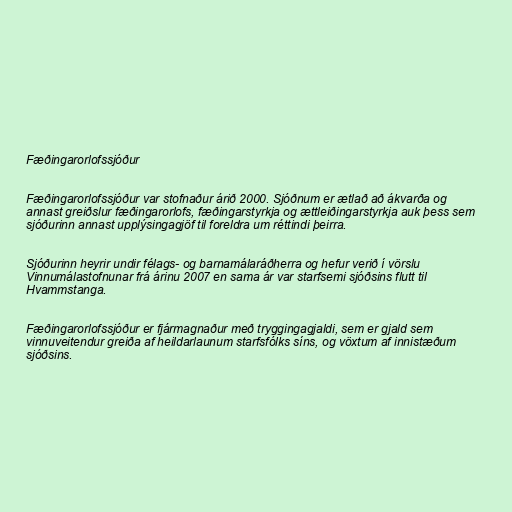
Fæðingarorlofssjóður

Fæðingarorlofssjóður var stofnaður árið 2000. Sjóðnum er ætlað að ákvarða og
annast greiðslur fæðingarorlofs, fæðingarstyrkja og ættleiðingarstyrkja auk þess sem
sjóðurinn annast upplýsingagjöf til foreldra um réttindi þeirra.

Sjóðurinn heyrir undir félags- og barnamálaráðherra og hefur verið í vörslu
Vinnumálastofnunar frá árinu 2007 en sama ár var starfsemi sjóðsins flutt til
Hvammstanga.

Fæðingarorlofssjóður er fjármagnaður með tryggingagjaldi, sem er gjald sem
vinnuveitendur greiða af heildarlaunum starfsfólks síns, og vöxtum af innistæðum
sjóðsins.